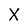
Character: X